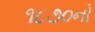
૧૮૭૦નો